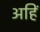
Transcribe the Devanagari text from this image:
अहिं